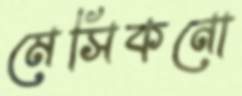
মেসিকনো